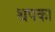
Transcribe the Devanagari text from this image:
थपका